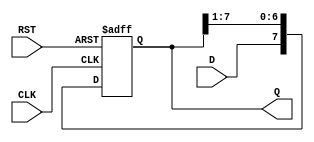
module ShiftRegister #(
    parameter N = 8 // Parameter for the width of the register
)(
    input wire D,           // Data input
    input wire CLK,         // Clock input
    input wire RST,         // Asynchronous reset
    output reg [N-1:0] Q    // Data output
);

// Asynchronous reset and synchronous shifting
always @(posedge CLK or posedge RST) begin
    if (RST) begin
        Q <= {N{1'b0}}; // Clear the register to zero
    end else begin
        Q <= {D, Q[N-1:1]}; // Shift right and insert new data
    end
end

endmodule